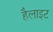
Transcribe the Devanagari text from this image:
हैलाइट